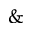
\&